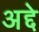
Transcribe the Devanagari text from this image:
अद्दे